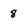
Character: 8